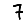
Digit: 7